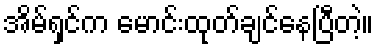
အိမ်ရှင်က မောင်းထုတ်ချင်နေပြီတဲ့။